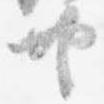
共